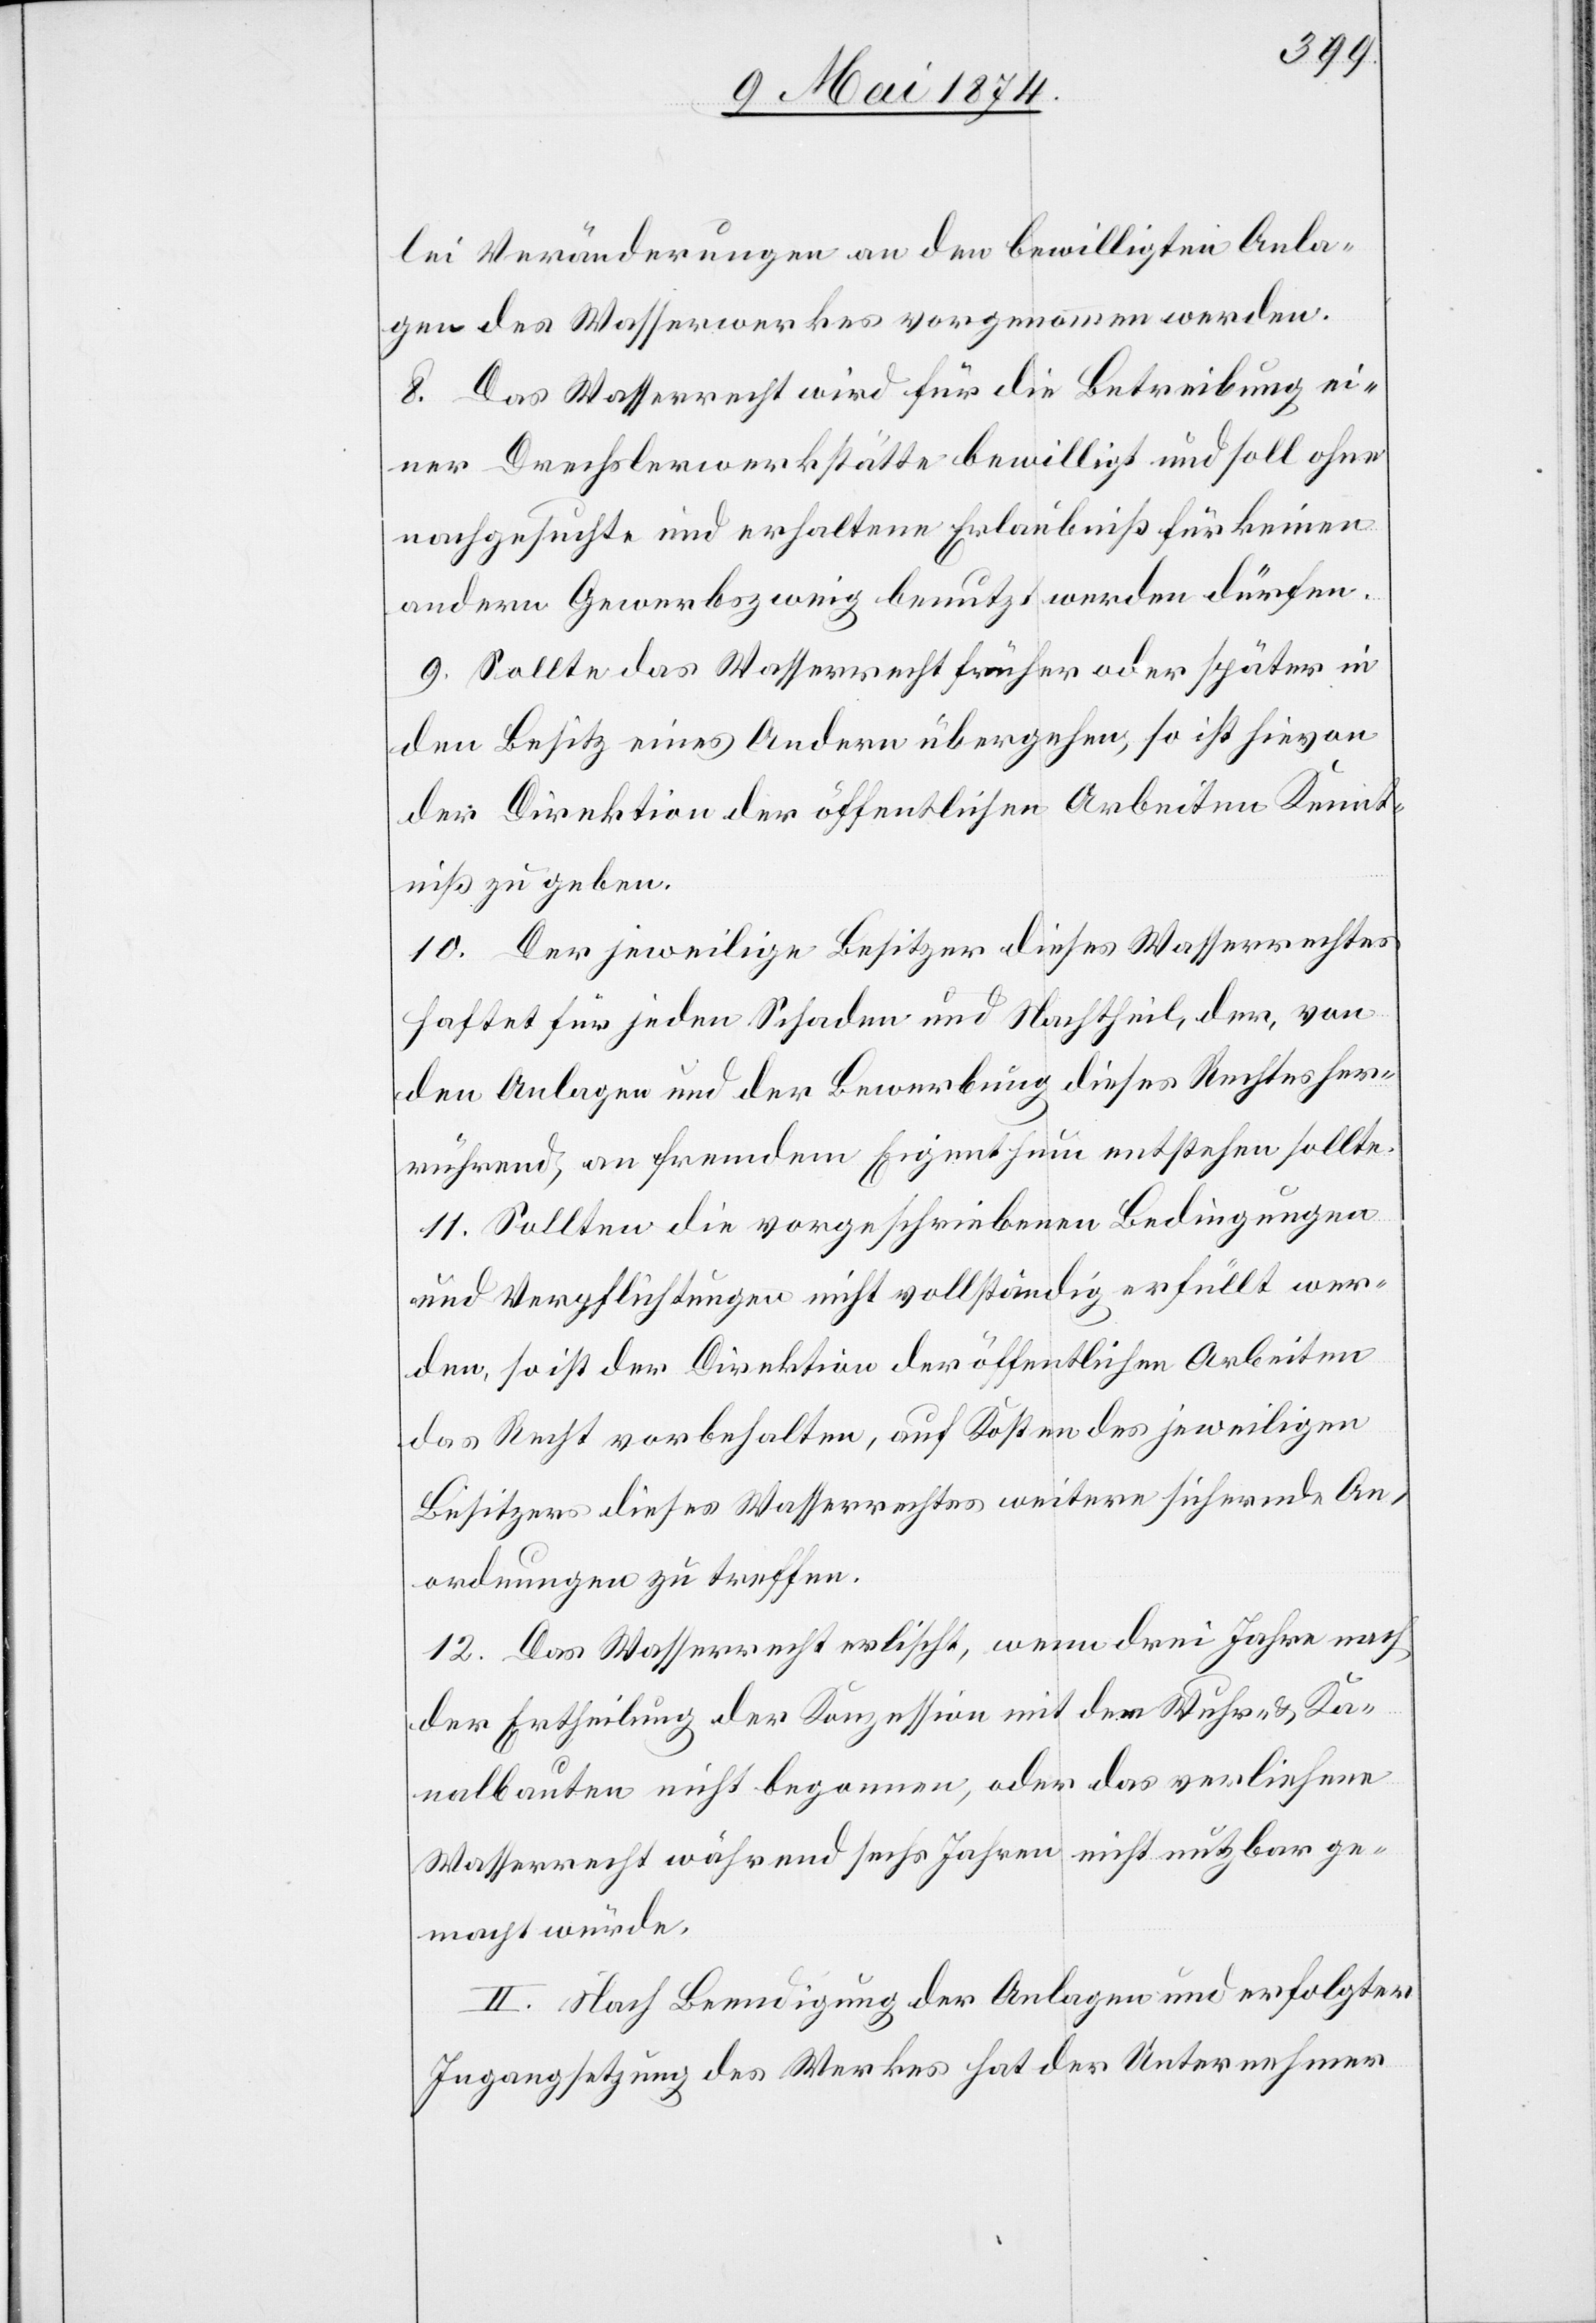
lei Veränderungen an den bewilligten Anla¬
gen des Wasserwerkes vorgenommen werden.
8. Das Wasserrecht wird für die Betreibung ei¬
ner Drechslerwerkstätte bewilligt und soll ohne
nachgesuchte und erhaltene Erlaubniß für keinen
andern Gewerbszweig benutzt werden dürfen.
9. Sollte das Wasserrecht früher oder später in
den Besitz eines Andern übergehen, so ist hievon
der Direktion der öffentlichen Arbeiten Kennt¬
niß zu geben.
10. Der jeweilige Besitzer dieses Wasserrechtes
haftet für jeden Schaden und Nachtheil, der, von
den Anlagen und der Bewerbung dieses Rechtes her¬
rührend, an fremdem Eigenthum entstehen sollte.
11. Sollten die vorgeschriebenen Bedingungen
und Verpflichtungen nicht vollständig erfüllt wer¬
den, so ist der Direktion der öffentlichen Arbeiten
das Recht vorbehalten, auf Kosten des jeweiligen
Besitzer dieses Wasserrechtes weitere sichernde An¬
ordnungen zu treffen.
12. Das Wasserrecht erlischt, wenn drei Jahre nach
der Ertheilung der Konzession mit den Wuhr- u. Ka¬
nalbauten nicht begonnen, oder das verliehene
Wasserrecht während sechs Jahren nicht nutzbar ge¬
macht würde.
II. Nach Beendigung der Anlagen und erfolgter
Ingangsetzung des Werkes hat der Unternehmer